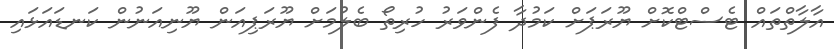
އާލާތްތައް ޓެސްޓްކޮށް ޔޫރަޕަށް ކަމުދާ ފެންވަރު ހުރިތޯ ބެލުމަށް ޔޫރަޕިއަން ޔޫނިއަނުން ކަނޑައަޅައި